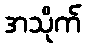
အသိုက်